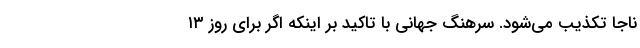
ناجا تکذیب می‌شود. سرهنگ جهانی با تاکید بر اینکه اگر برای روز ۱۳